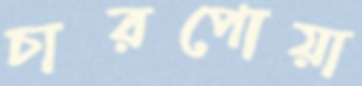
চারপোয়া